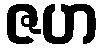
ဇဟ